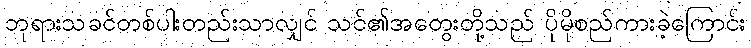
ဘုရားသခင်တစ်ပါးတည်းသာလျှင် သင်၏အတွေးတို့သည် ပိုမိုစည်ကားခဲ့ကြောင်း